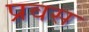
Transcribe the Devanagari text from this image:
प्रवस